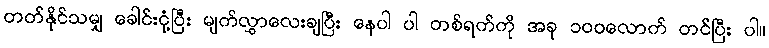
တတ်နိုင်သမျှ ခေါင်းငုံ့ပြီး မျက်လွှာလေးချပြီး နေပါ ပါ တစ်ရက်ကို အခု ၁၀၀လောက် တင်ပြီး ပါ။